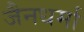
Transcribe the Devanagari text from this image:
जैनधर्मा